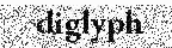
diglyph